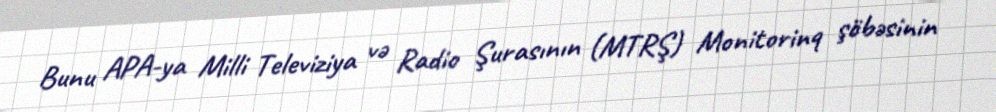
Bunu APA-ya Milli Televiziya və Radio Şurasının (MTRŞ) Monitorinq şöbəsinin